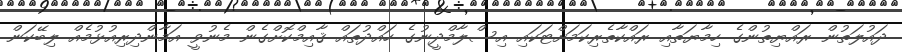
ދައުލަތުން ރައްޔިތުންގެ ހިމާޔަތާއި ރައްކާތެރިކަމަށްޓަކައި އިސްލާމްދީނުގެ ހައްދުތައް ޤާއިމްކޮށްގެން މެނުވީ އަމާންދިރިއުޅުމެއް ލިބޭކަން